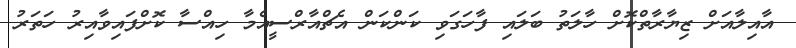
އާއިލާއަށް ޒިޔާރާތްކޮށް ހާލަތު ބަލައި ފާހަގަވި ކަންކަން އެޗްއާރްސީއެމާ ހިއްސާ ކޮށްފައިވާއިރު ހަތަރު